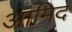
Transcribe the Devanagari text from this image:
आमिद